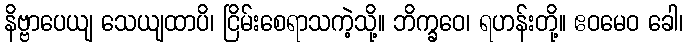
နိဗ္ဗာပေယျ သေယျထာပိ၊ ငြိမ်းစေရာသကဲ့သို့။ ဘိက္ခဝေ၊ ရဟန်းတို့။ ဧဝမေဝ ခေါ၊